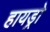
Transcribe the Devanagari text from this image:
हायड्रो